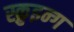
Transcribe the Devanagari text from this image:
स्क्रुइन्ग